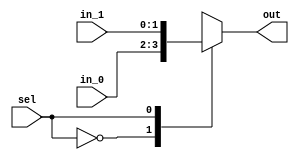
/*
 * Generated by Digital. Don't modify this file!
 * Any changes will be lost if this file is regenerated.
 */

module Mux_2x1_NBits #(
    parameter Bits = 2
)
(
    input [0:0] sel,
    input [(Bits - 1):0] in_0,
    input [(Bits - 1):0] in_1,
    output reg [(Bits - 1):0] out
);
    always @ (*) begin
        case (sel)
            1'h0: out = in_0;
            1'h1: out = in_1;
            default:
                out = 'h0;
        endcase
    end
endmodule


// converts and incoming byte into signals that detail the features of the corresponding Baby 8 instruction
module decode (
  input [7:0] dIn, // Data read from program memory
  output test, // indicates a test instruction
  output k, // indicates cascade instructions depending on the other bits
  output zd, // zero page destination address
  output zs, // zero page source address
  output math, // regular math and logic instructions
  output imm, // immediate math and logic instructions
  output jump, // control flow instructions
  output [2:0] jop, // selects among 8 possible control flow instructions
  output [2:0] aluOp, // selects among 3 math and 3 logic operations
  output [3:0] cond // selects between 16 conditions for test instructions

);
  wire s0;
  wire s1;
  wire s2;
  wire s3;
  wire k_temp;
  wire s4;
  wire s5;
  wire s6;
  wire s7;
  wire s8;
  wire test_temp;
  wire zs_temp;
  wire imm_temp;
  wire [2:0] s9;
  wire [2:0] s10;
  assign s0 = dIn[0];
  assign s1 = dIn[1];
  assign s2 = dIn[2];
  assign s3 = dIn[3];
  assign k_temp = dIn[4];
  assign s4 = dIn[5];
  assign s5 = dIn[6];
  assign s6 = dIn[7];
  assign s7 = (s4 & s5);
  assign zd = (s0 & s1);
  assign zs_temp = (s2 & s3);
  assign jop[0] = s0;
  assign jop[1] = s1;
  assign jop[2] = k_temp;
  assign s9[0] = s4;
  assign s9[1] = s5;
  assign s9[2] = s6;
  assign s10[0] = s2;
  assign s10[1] = s3;
  assign s10[2] = k_temp;
  assign cond[0] = s0;
  assign cond[1] = s1;
  assign cond[2] = s2;
  assign cond[3] = s3;
  assign s8 = (s7 & s6);
  assign test_temp = (s7 & ~ s6);
  assign math = (~ s8 & ~ test_temp);
  assign imm_temp = (~ zs_temp & s8);
  assign jump = (zs_temp & s8);
  Mux_2x1_NBits #(
    .Bits(3)
  )
  Mux_2x1_NBits_i0 (
    .sel( imm_temp ),
    .in_0( s9 ),
    .in_1( s10 ),
    .out( aluOp )
  );
  assign test = test_temp;
  assign k = k_temp;
  assign zs = zs_temp;
  assign imm = imm_temp;
endmodule